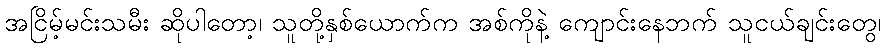
အငြိမ့်မင်းသမီး ဆိုပါတော့၊ သူတို့နှစ်ယောက်က အစ်ကိုနဲ့ ကျောင်းနေဘက် သူငယ်ချင်းတွေ၊